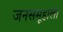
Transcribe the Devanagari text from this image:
जनसमूहाला